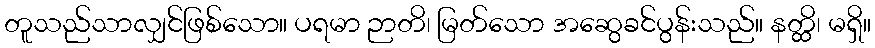
တူသည်သာလျှင်ဖြစ်သော။ ပရမာ ဉာတိ၊ မြတ်သော အဆွေခင်ပွန်းသည်။ နတ္ထိ၊ မရှိ။